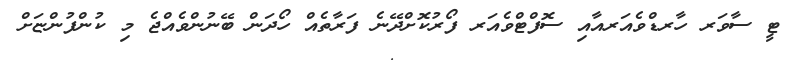
ޓީ ސާވަރ ހާރޑްވެއަރއާއި ސޮފްޓްވެއަރ ފޯރުކޮށްދޭނެ ފަރާތެއް ހޯދަން ބޭނުންވެއްޖެ މި ކުންފުންޏަށް